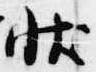
状